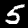
Label: 5